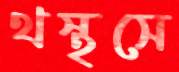
থস্‌থসে